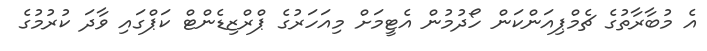
އެ މުބާރާތުގެ ޗެމްޕިއަންކަން ހޯދުމުން އެޓީމަށް މިއަހަރުގެ ޕްރްޒިޑެންޓް ކަޕްގައި ވާދަ ކުރުމުގެ